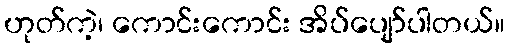
ဟုတ်ကဲ့၊ ကောင်းကောင်း အိပ်ပျော်ပါတယ်။